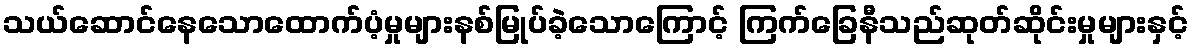
သယ်ဆောင်နေသောထောက်ပံ့မှုများနစ်မြုပ်ခဲ့သောကြောင့် ကြက်ခြေနီသည်ဆုတ်ဆိုင်းမှုများနှင့်